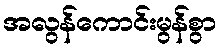
အလွန်ကောင်းမွန်စွာ